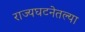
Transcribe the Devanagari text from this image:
राज्यघटनेतल्या